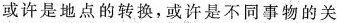
或许是地点的转换，或许是不同事物的关